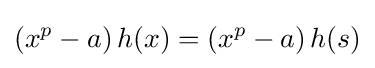
\left(x^{p}-a\right)h(x)=\left(x^{p}-a\right)h(s)